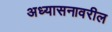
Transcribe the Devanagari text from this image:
अध्यासनावरील